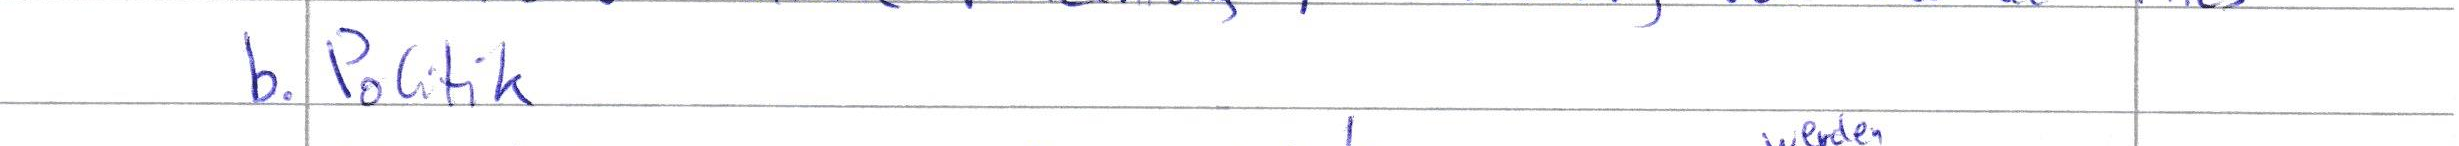
b. Politik